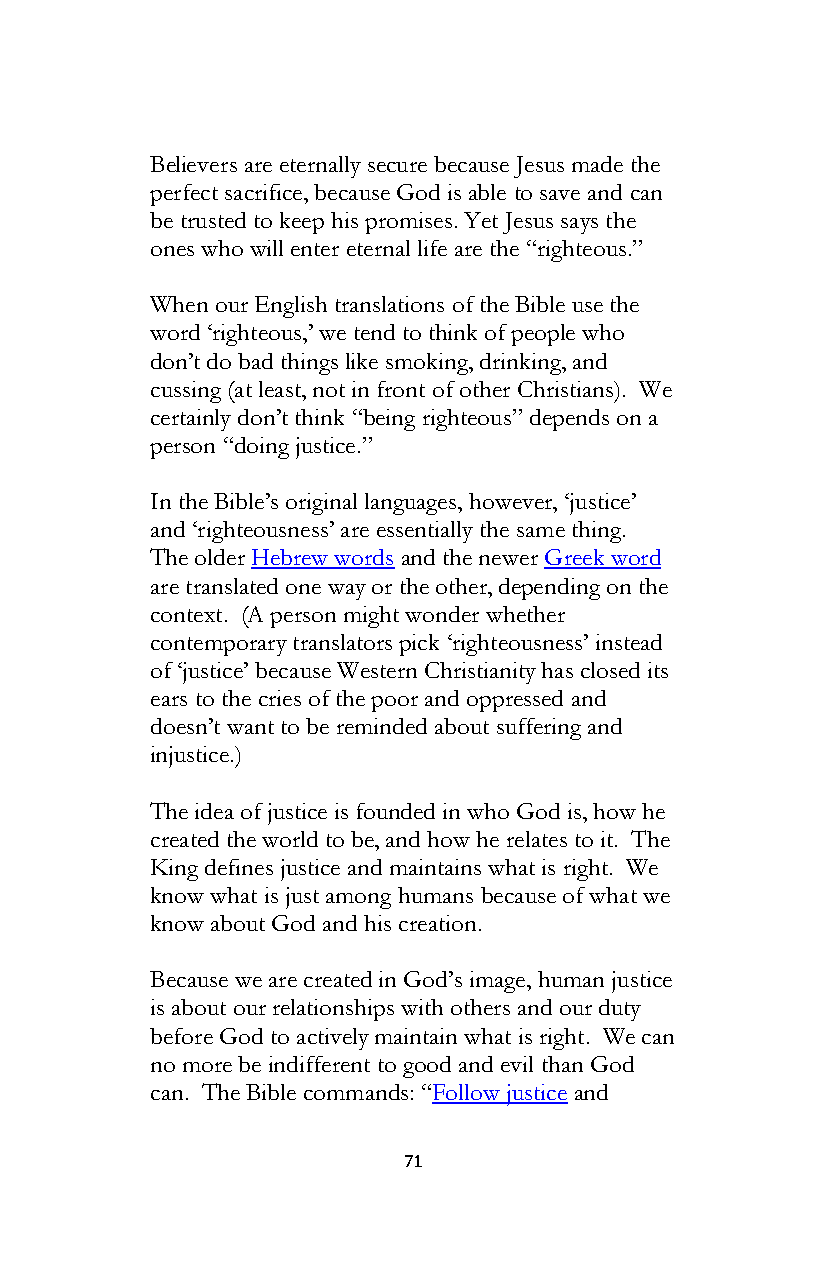
Believers are eternally secure because Jesus made the
 perfect sacrifice, because God is able to save and can
 be trusted to keep his promises. Yet Jesus says the
 ones who will enter eternal life are the “righteous.”
 When our English translations of the Bible use the
 word ‘righteous,’ we tend to think of people who
 don’t do bad things like smoking, drinking, and
 cussing (at least, not in front of other Christians). We
 certainly don’t think “being righteous” depends on a
 person “doing justice.”
 In the Bible’s original languages, however, ‘justice’
 and ‘righteousness’ are essentially the same thing.
 The older Hebrew words and the newer Greek word
 are translated one way or the other, depending on the
 context. (A person might wonder whether
 contemporary translators pick ‘righteousness’ instead
 of ‘justice’ because Western Christianity has closed its
 ears to the cries of the poor and oppressed and
 doesn’t want to be reminded about suffering and
 injustice.)
 The idea of justice is founded in who God is, how he
 created the world to be, and how he relates to it. The
 King defines justice and maintains what is right. We
 know what is just among humans because of what we
 know about God and his creation.
 Because we are created in God’s image, human justice
 is about our relationships with others and our duty
 before God to actively maintain what is right. We can
 no more be indifferent to good and evil than God
 can. The Bible commands: “Follow justice and
 71